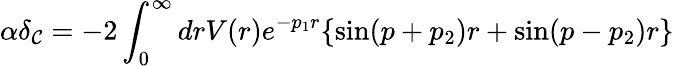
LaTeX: \alpha\delta_{\mathcal{C}}=-2\int_{0}^{\infty}drV(r)e^{-p_{1}r}\lbrace\sin(p+p_{2})r+\sin(p-p_{2})r\rbrace